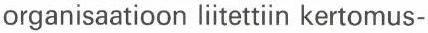
organisaatioon liitettiin kertomus-